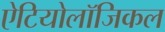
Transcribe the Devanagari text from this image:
ऐटियोलॉजिकल